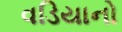
વડિયાનો